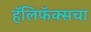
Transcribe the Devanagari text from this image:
हॅलिफॅक्सचा